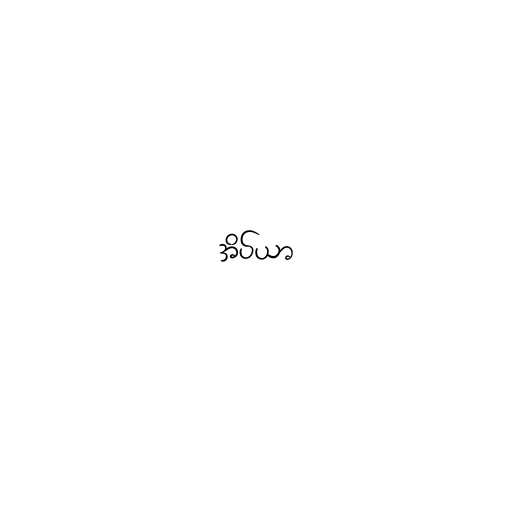
အိပ်ယာ